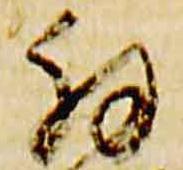
拝